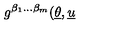
g ^ { \beta _ { 1 } . . . \beta _ { m } } ( \underline { { \theta } } , \underline { { u } }